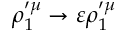
\rho _ { 1 } ^ { \prime \mu } \rightarrow \varepsilon \rho _ { 1 } ^ { \prime \mu }